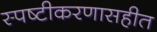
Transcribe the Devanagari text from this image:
स्पष्टीकरणासहीत